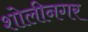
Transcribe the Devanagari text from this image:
शोलीनगर